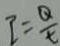
I = \frac { Q } { t }